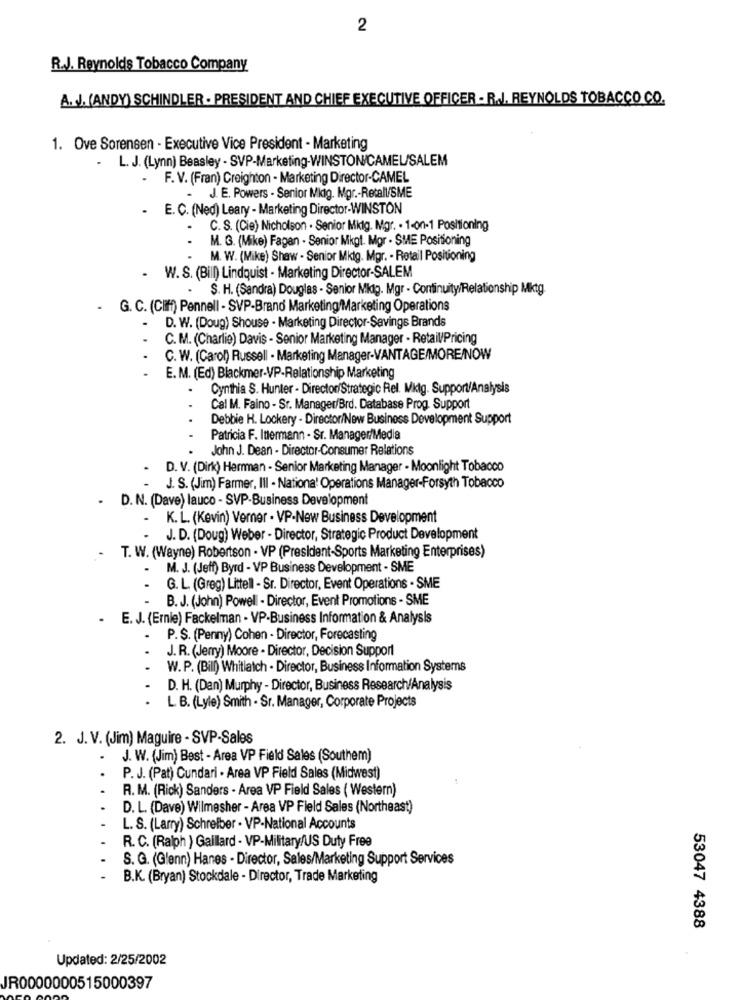
2
R.J. Reynolds Tobacco Company
A. J. (ANDY) SCHINDLER . PRESIDENT AND CHIEF EXECUTIVE OFFICER - R.J. REYNOLDS TOBACCO CO.
1. Ove Sorensen - Executive Vice President - Marketing
L. J. (Lynn) Beasley - SVP-Marketing-WINSTON/CAMEL/SALEM
.
- F. V. (Fran) Creighton - Marketing Director-CAMEL
J. E. Powers - Senior Midig. Mgr .- Retall/SME
- E. C. (Ned) Leary - Marketing Director-WINSTON
- C. S. (Cie) Nicholson . Senior Mig. Mgr. . 1-on-1 Positioning
M. G. (Mike) Fagan - Senior Mkgt. Mgr . SME Positioning
M. W. (Mike) Shaw - Senior Mktg. Mgr. - Retail Positioning
- W. S. (Bill) Lindquist - Marketing Director-SALEM
S. H. (Sandra) Douglas - Senior Mktg. Mgr - Continuity/Relationship Mktg.
- G. C. (Cliff) Pennell - SVP-Brand Marketing/Marketing Operations
D. W. (Doug) Shouse - Marketing Director-Savings Brands
C. M. (Charlie) Davis - Senior Marketing Manager - Retail/Pricing
C. W. (Carol) Russell - Marketing Manager-VANTAGE/MORE/NOW
E. M. (Ed) Blackmer-VP-Relationship Marketing
Cynthia S. Hunter - Director Strategic Rel. Mktg. Support/Analysis
Cal M. Faino - Sr. Manager/Brd. Database Prog. Support
Debbie H. Lockery - Director/New Business Development Support
Patricia F. Inermann - Sr. Manager/Media
John J. Dean - Director-Consumer Relations
D. V. (Dirlo) Herrman - Senior Marketing Manager - Moonlight Tobacco
J. S. (Jim) Farmer, III - Nationa' Operations Manager-Forsyth Tobacco
- D. N. (Dave) lauco - SVP-Business Development
.
K. L. (Kevin) Verner - VP-New Business Development
J. D. (Doug) Weber - Director, Strategic Product Development
T. W. (Wayne) Robertson - VP (President-Sports Marketing Enterprises)
-
M. J. (Jeff) Byrd - VP Business Development - SME
G. L. (Greg) Littell - Sr. Director, Event Operations - SME
B. J. (John) Powell - Director, Event Promotions - SME
- E. J. (Ernie) Fackelman - VP-Business Information & Analysis
P.S. (Penny) Cohen - Director, Forecasting
J. R. (Jerry) Moore - Director, Decision Support
...
W. P. (Bill) Whitlatch . Director, Business Information Systems
D. H. (Dan) Murphy - Director, Business Research/Analysis
L. B. (Lyle) Smith - Sr. Manager, Corporate Projects
2. J. V. (Jim) Maguire - SVP-Sales
.
J. W. (Jim) Best - Area VP Field Sales (Southem)
P. J. (Pat) Cundari - Area VP Field Sales (Midwest)
R. M. (Rick) Sanders - Area VP Field Sales ( Western)
...
D. L. (Dave) Wilmesher - Area VP Field Sales (Northeast)
L. S. (Larry) Schreiber - VP-National Accounts
R. C. (Ralph ) Gailard - VP-Military/US Duty Free
S. G. (Glenn) Hanes - Director, Sales/Marketing Support Services
..
B.K. (Bryan) Stockdale - Director, Trade Marketing
53047 4388
Updated: 2/25/2002
JR0000000515000397